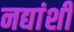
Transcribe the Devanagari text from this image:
नद्यांशी